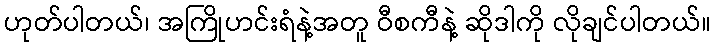
ဟုတ်ပါတယ်၊ အကြိုဟင်းရံနဲ့အတူ ဝီစကီနဲ့ ဆိုဒါကို လိုချင်ပါတယ်။